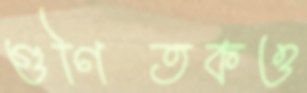
গুণিতকও